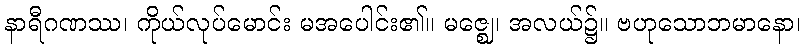
နာရီဂဏဿ၊ ကိုယ်လုပ်မောင်း မအပေါင်း၏။ မဇ္ဈေ၊ အလယ်၌။ ဗဟုသောဘမာနော၊